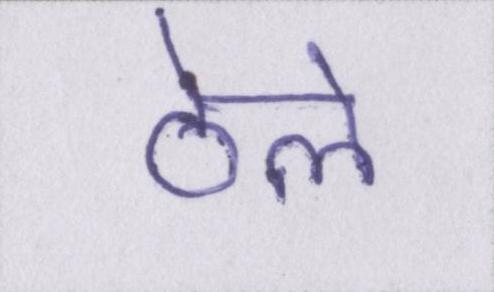
ठेले